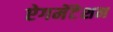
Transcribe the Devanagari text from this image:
ऐगमेंटेशन